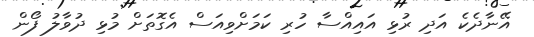
އޭނާދެކެ އަދި ރުޅި އައިއްސާ ހުރި ކަމަށްވިއަސް އެގޮތަށް މުޅި ދުވާލު ފޯން